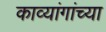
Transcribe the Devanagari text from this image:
काव्यांगांच्या